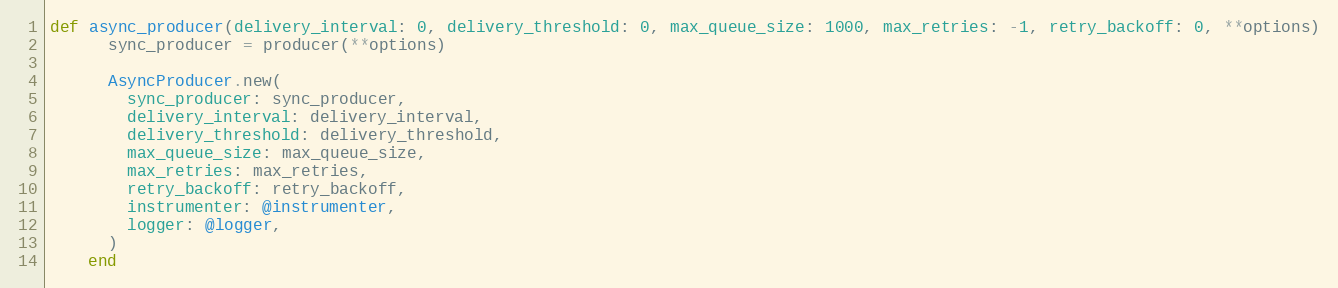
Language: Ruby
def async_producer(delivery_interval: 0, delivery_threshold: 0, max_queue_size: 1000, max_retries: -1, retry_backoff: 0, **options)
      sync_producer = producer(**options)

      AsyncProducer.new(
        sync_producer: sync_producer,
        delivery_interval: delivery_interval,
        delivery_threshold: delivery_threshold,
        max_queue_size: max_queue_size,
        max_retries: max_retries,
        retry_backoff: retry_backoff,
        instrumenter: @instrumenter,
        logger: @logger,
      )
    end